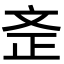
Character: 𣁇